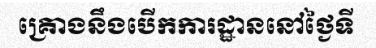
គ្រោងនឹងបើកការដ្ឋាននៅថ្ងៃទី